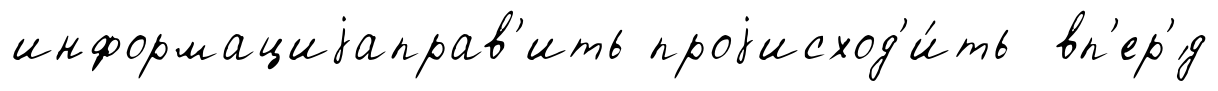
информациjаправ'ить проjисход'и́ть вп'ер'́д